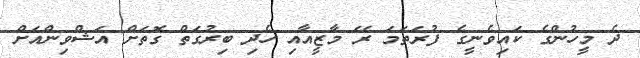
ދެ މީހުންގެ ކައިވެނީގެ ފުރަތަމަ ރޭ މާޒީއާއި ހެދި ބިރުގަތް ގޮތަށް އަޝްވިންއަށް